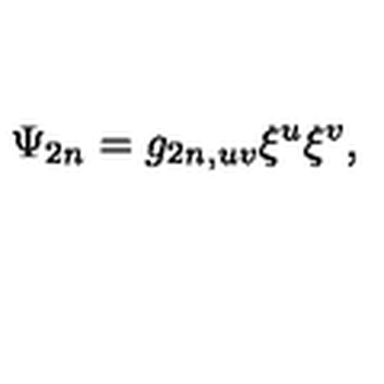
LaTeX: \Psi _ { 2 n } = g _ { 2 n , u v } \xi ^ { u } \xi ^ { v } ,